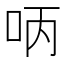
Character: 𠰳